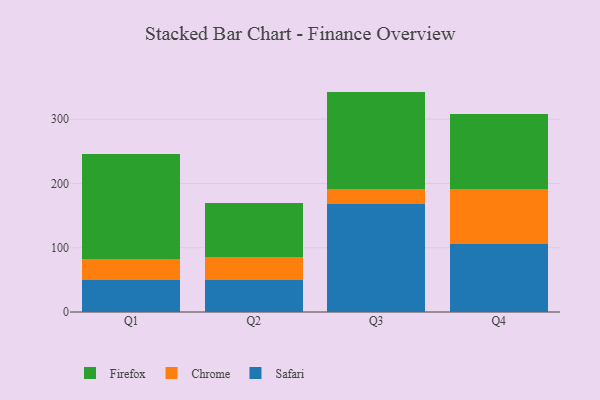
{"axis": {"x": "Quarter", "y": "Bounce Rate (%)"}, "legend": ["Chrome", "Firefox", "Safari"], "data": [{"x": "Q1", "y": 49.7, "type": "Safari"}, {"x": "Q1", "y": 32.0, "type": "Chrome"}, {"x": "Q1", "y": 164.9, "type": "Firefox"}, {"x": "Q2", "y": 50.0, "type": "Safari"}, {"x": "Q2", "y": 35.9, "type": "Chrome"}, {"x": "Q2", "y": 84.0, "type": "Firefox"}, {"x": "Q3", "y": 168.4, "type": "Safari"}, {"x": "Q3", "y": 23.5, "type": "Chrome"}, {"x": "Q3", "y": 151.0, "type": "Firefox"}, {"x": "Q4", "y": 105.9, "type": "Safari"}, {"x": "Q4", "y": 85.8, "type": "Chrome"}, {"x": "Q4", "y": 115.9, "type": "Firefox"}]}